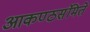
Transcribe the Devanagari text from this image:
आकण्ठसंमिते